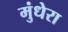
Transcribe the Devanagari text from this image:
मुंधेरा